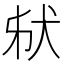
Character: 𤝮